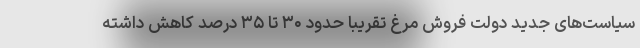
سیاست‌های جدید دولت فروش مرغ تقریبا حدود ۳۰ تا ۳۵ درصد کاهش داشته